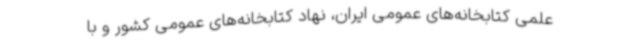
علمی کتابخانه‌های عمومی ایران، نهاد کتابخانه‌های عمومی کشور و با